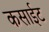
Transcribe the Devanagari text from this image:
कसाईट